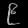
Digit: ၉